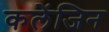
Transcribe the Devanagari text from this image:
कलेंजिन